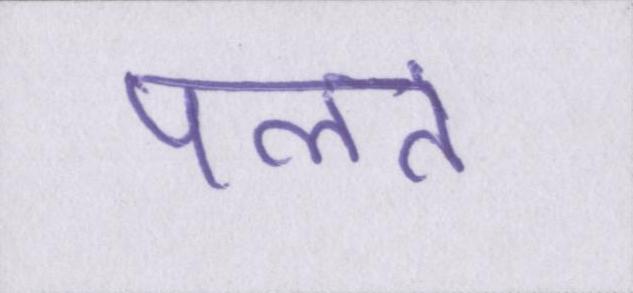
पलते